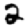
Digit: 2